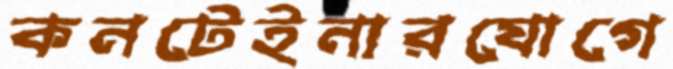
কনটেইনারযোগে